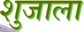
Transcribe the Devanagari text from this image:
शुजाला